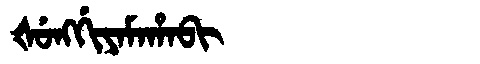
Manchu: ᡧᡠᠩᡤᡳᠶᠠᠮᠠᡥᠠᠪᡳ
Romanization: ŠUNGGIYAMAHABI